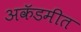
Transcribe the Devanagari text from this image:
अकॅडमीत